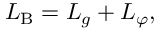
{ \cal L } _ { \mathrm { B } } = { \cal L } _ { g } + { \cal L } _ { \varphi } ,